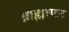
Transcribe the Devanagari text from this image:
ब्राह्मस्फट